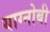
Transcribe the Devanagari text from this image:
याग्नोबी